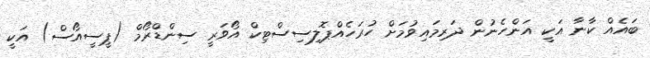
ބައެއް ކާނާ އަކީ އަންހެނުން ދަރިމައިވުމަށް ހުރަހެއްޕޮލިސިސްޓިކް އޯވަރީ ސިންޑްރޯމް (ޕީސީއޯސް) އަކީ